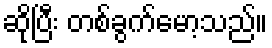
ဆိုပြီး တစ်ခွက်မော့သည်။